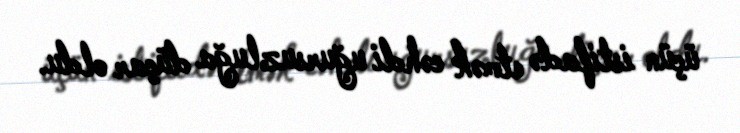
üçün istifadə etmək cəhdi uğursuzluğa düçar oldu.